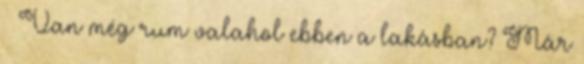
– Van még rum valahol ebben a lakásban? Már